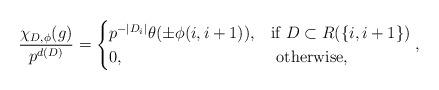
LaTeX: \begin{align*}\frac{\chi_{D,\phi}(g)}{p^{d(D)}}= \begin{cases} p^{-|D_i| }\theta(\pm \phi(i,i+1)), & \mbox{if } D \subset R(\{i,i+1\}) \\ 0, & \mbox{ otherwise,} \end{cases},\end{align*}